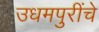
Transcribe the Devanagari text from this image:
उधमपुरींचे